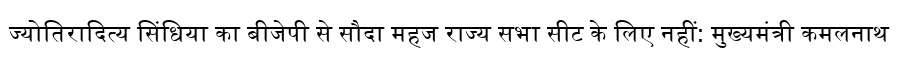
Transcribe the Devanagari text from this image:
ज्योतिरादित्य सिंधिया का बीजेपी से सौदा महज राज्य सभा सीट के लिए नहीं: मुख्यमंत्री कमलनाथ